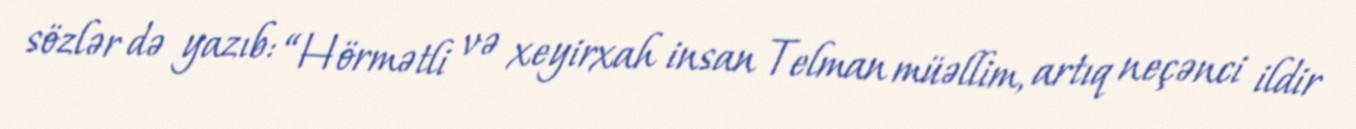
sözlər də yazıb: “Hörmətli və xeyirxah insan Telman müəllim, artıq neçənci ildir